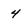
Character: 4